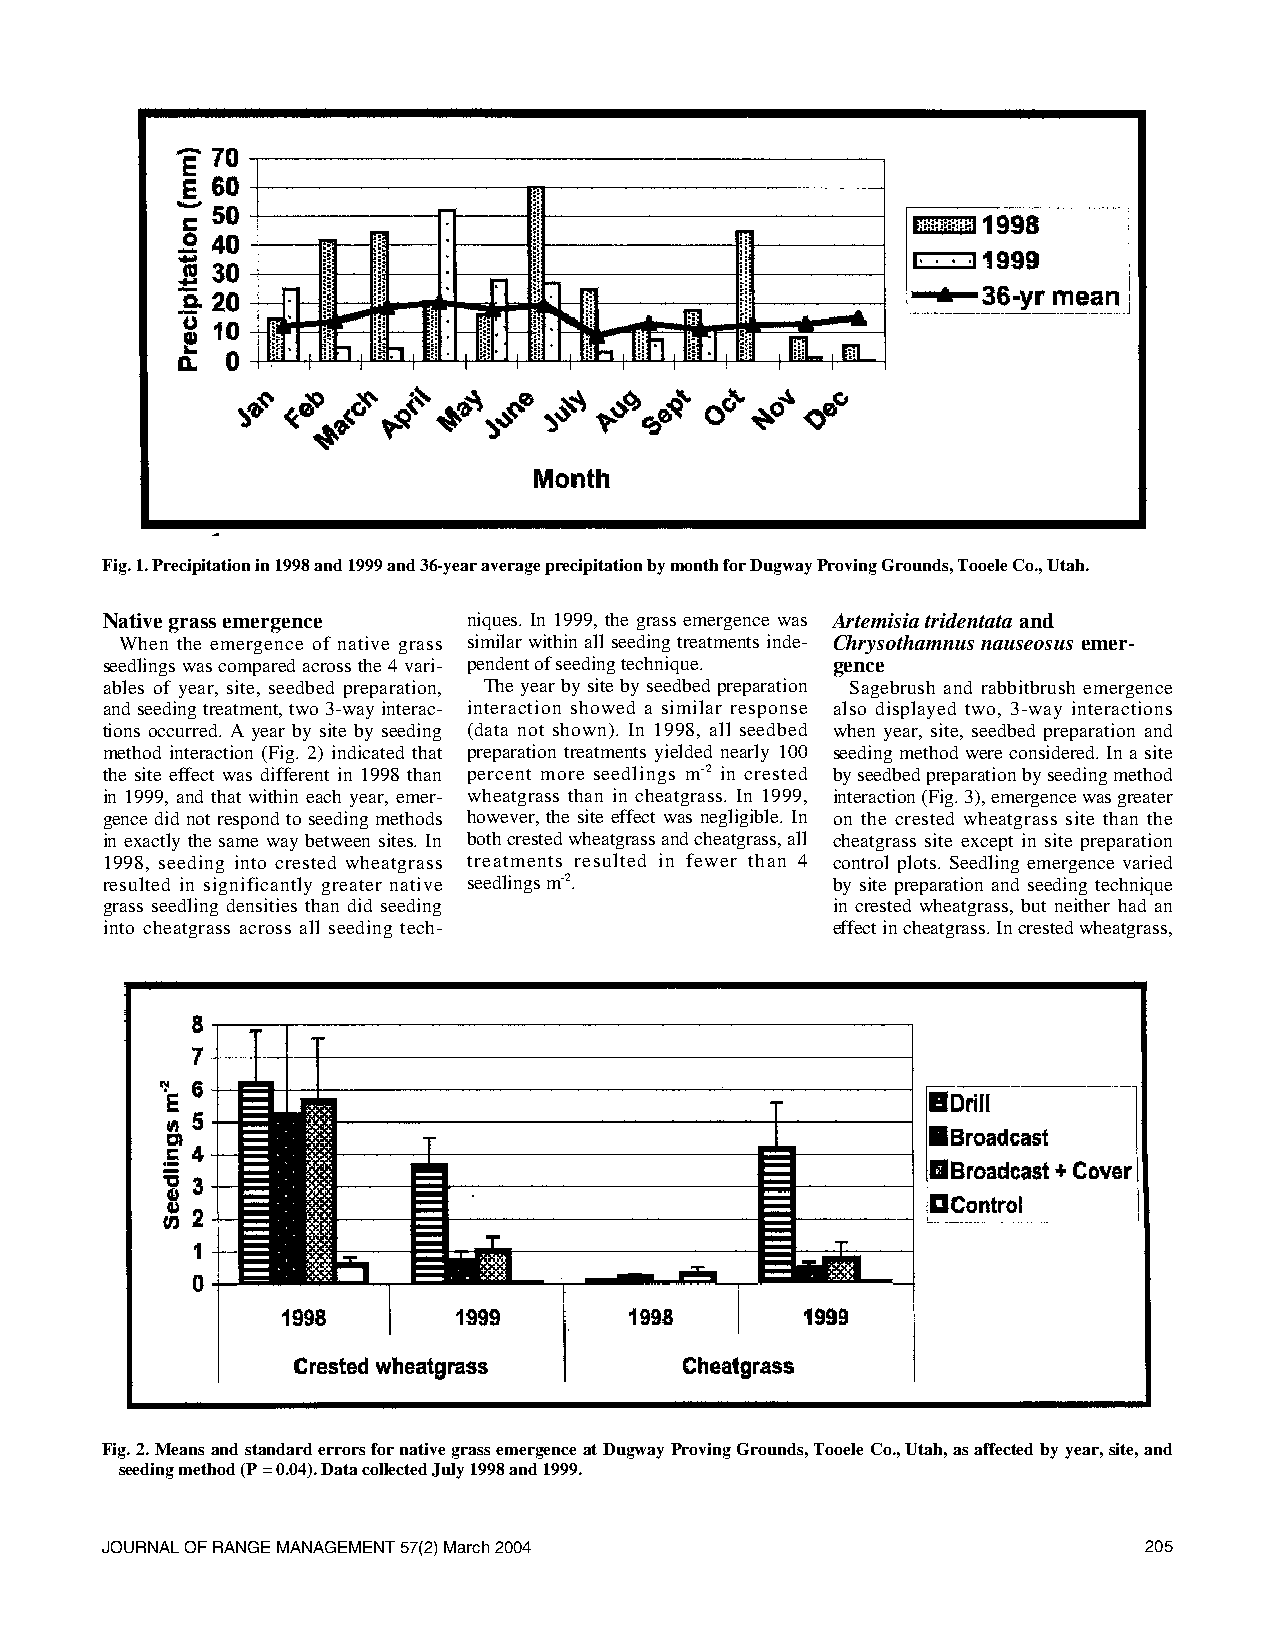
Fig. 1. Precipitation in 1998 and 1999 and 36-year average precipitation by month for Dugway Proving Grounds, Tooele Co., Utah.
 Native grass emergence  niques. In 1999, the grass emergence was Artemisia tridentata and
 When the emergence of native grass similar within all seeding treatments inde- Chrysothamnus nauseosus emer-
 seedlings was compared across the 4 vari- pendent of seeding technique. gence
 ables of year, site, seedbed preparation, The year by site by seedbed preparation Sagebrush and rabbitbrush emergence
 and seeding treatment, two 3-way interac- interaction showed a similar response also displayed two, 3-way interactions
 tions occurred. A year by site by seeding (data not shown). In 1998, all seedbed when year, site, seedbed preparation and
 method interaction (Fig. 2) indicated that preparation treatments yielded nearly 100 seeding method were considered. In a site
 the site effect was different in 1998 than percent more seedlings m-2 in crested by seedbed preparation by seeding method
 in 1999, and that within each year, emer- wheatgrass than in cheatgrass. In 1999, interaction (Fig. 3), emergence was greater
 gence did not respond to seeding methods however, the site effect was negligible. In on the crested wheatgrass site than the
 in exactly the same way between sites. In both crested wheatgrass and cheatgrass, all cheatgrass site except in site preparation
 1998, seeding into crested wheatgrass treatments resulted in fewer than 4 control plots. Seedling emergence varied
 resulted in significantly greater native seedlings m-2. by site preparation and seeding technique
 grass seedling densities than did seeding       in crested wheatgrass, but neither had an
 into cheatgrass across all seeding tech-        effect in cheatgrass. In crested wheatgrass,
 Fig. 2. Means and standard errors for native grass emergence at Dugway Proving Grounds, Tooele Co., Utah, as affected by year, site, and
 seeding method (P = 0.04). Data collected July 1998 and 1999.
 JOURNAL OF RANGE MANAGEMENT57(2) March 2004                          205